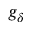
g _ { \delta }